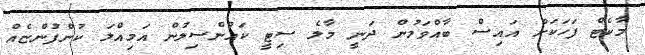
މާކެޓް ފަހަކަށް އައިސް ބާއްވަމުން ދަނީ މާލެ ސިޓީ ކައުންސިލުން އަމިއްލަ ކުންފުންޏެއް